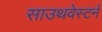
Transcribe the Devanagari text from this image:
साउथवेस्टर्न